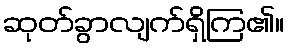
ဆုတ်ခွာလျက်ရှိကြ၏။